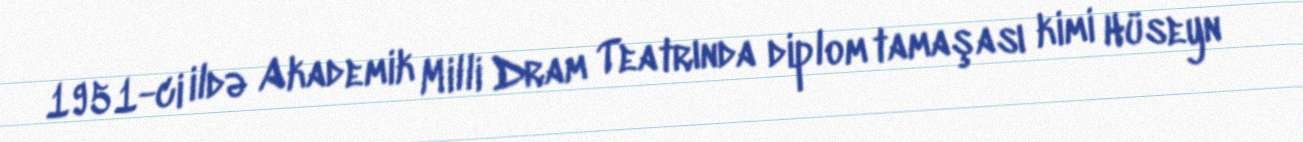
1951-ci ildə Akademik Milli Dram Teatrında diplom tamaşası kimi Hüseyn